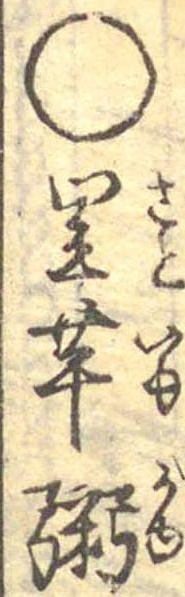
○里芋粥